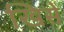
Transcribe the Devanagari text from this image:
खिसे